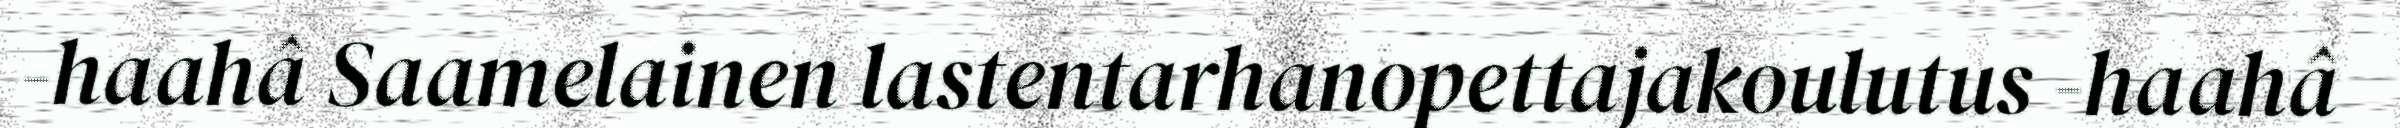
-haahâ Saamelainen lastentarhanopettajakoulutus -haahâ